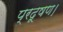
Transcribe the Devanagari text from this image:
प्रदूषण।